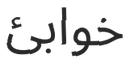
خوابئ